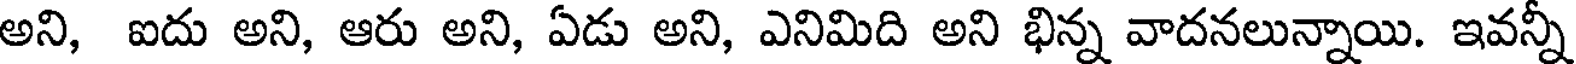
అని, ఐదు అని, ఆరు అని, ఏడు అని, ఎనిమిది అని భిన్న వాదనలున్నాయి. ఇవన్ని